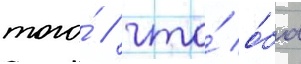
того́ / что́ о́ба